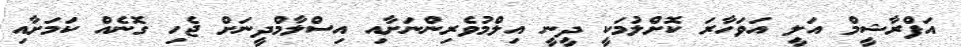
އަފްރާޝީމް އަލީ އަވަހާރަ ކޮށްލުމަކީ ދީނީ އިލްމުވެރިންނަށާއި އިސްލާމްދީނަށް ޖެހި ގޮނެއް ކަމަށާއި